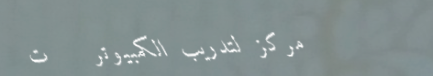
مركز لتدريب الكمبيوتر   ت